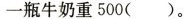
一瓶牛奶重500()。